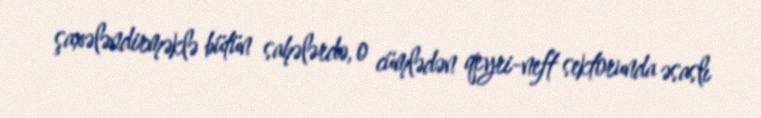
şaxələndirməklə bütün sahələrdə, o cümlədən qeyri-neft sektorunda əsaslı